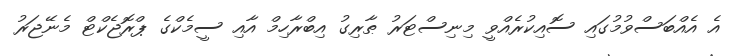
އެ އެއްބަސްވުމުގައި ސޮއިކުރެއްވީ މިނިސްޓަރު ޠާރިގު އިބްރާހިމް އާއި ސީމެކްގެ ޕްރޮޖެކްޓް މެނޭޖަރު